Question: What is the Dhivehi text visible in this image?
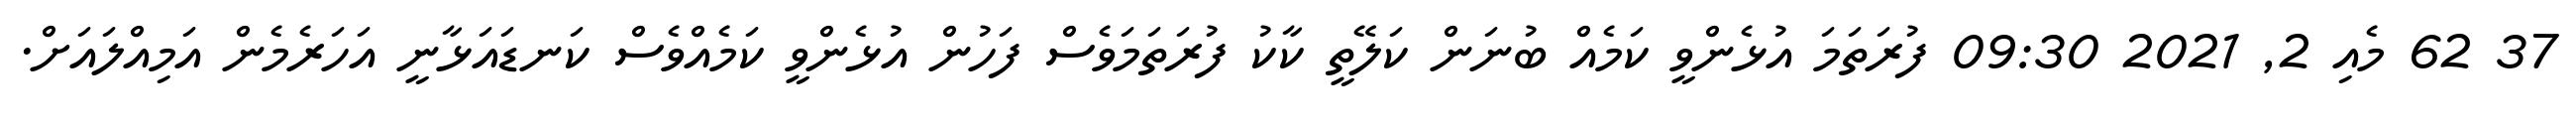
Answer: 37 62 މެއި 2, 2021 09:30 ފުރަތަމަ އުޅެންވީ ކަމެއް ބުނަން ކަލޭތީ ކާކު ފުރަތަމަވެސް ފަހުން އުޅެންވީ ކަމެއްވެސް ކަނޑައަޅާނީ އަހަރެމެން އަމިއްލައަށް.